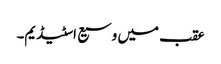
عقب میں وسیع اسٹیڈیم۔